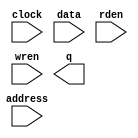
// megafunction wizard: %RAM: 1-PORT%VBB%
// GENERATION: STANDARD
// VERSION: WM1.0
// MODULE: altsyncram 

// ============================================================
// Megafunction Name(s):
// 			altsyncram
//
// Simulation Library Files(s):
// 			altera_mf
// ============================================================
// ************************************************************
// THIS IS A WIZARD-GENERATED FILE. DO NOT EDIT THIS FILE!
//
// 19.1.0 Build 670 09/22/2019 SJ Lite Edition
// ************************************************************

//Copyright (C) 2019  Intel Corporation. All rights reserved.
//Your use of Intel Corporation's design tools, logic functions 
//and other software and tools, and any partner logic 
//functions, and any output files from any of the foregoing 
//(including device programming or simulation files), and any 
//associated documentation or information are expressly subject 
//to the terms and conditions of the Intel Program License 
//Subscription Agreement, the Intel Quartus Prime License Agreement,
//the Intel FPGA IP License Agreement, or other applicable license
//agreement, including, without limitation, that your use is for
//the sole purpose of programming logic devices manufactured by
//Intel and sold by Intel or its authorized distributors.  Please
//refer to the applicable agreement for further details, at
//https://fpgasoftware.intel.com/eula.

module myAlteraRAM (
	address,
	clock,
	data,
	rden,
	wren,
	q);

	input	[7:0]  address;
	input	  clock;
	input	[15:0]  data;
	input	  rden;
	input	  wren;
	output	[15:0]  q;
`ifndef ALTERA_RESERVED_QIS
// synopsys translate_off
`endif
	tri1	  clock;
	tri1	  rden;
`ifndef ALTERA_RESERVED_QIS
// synopsys translate_on
`endif

endmodule

// ============================================================
// CNX file retrieval info
// ============================================================
// Retrieval info: PRIVATE: ADDRESSSTALL_A NUMERIC "0"
// Retrieval info: PRIVATE: AclrAddr NUMERIC "0"
// Retrieval info: PRIVATE: AclrByte NUMERIC "0"
// Retrieval info: PRIVATE: AclrData NUMERIC "0"
// Retrieval info: PRIVATE: AclrOutput NUMERIC "0"
// Retrieval info: PRIVATE: BYTE_ENABLE NUMERIC "0"
// Retrieval info: PRIVATE: BYTE_SIZE NUMERIC "8"
// Retrieval info: PRIVATE: BlankMemory NUMERIC "0"
// Retrieval info: PRIVATE: CLOCK_ENABLE_INPUT_A NUMERIC "0"
// Retrieval info: PRIVATE: CLOCK_ENABLE_OUTPUT_A NUMERIC "0"
// Retrieval info: PRIVATE: Clken NUMERIC "0"
// Retrieval info: PRIVATE: DataBusSeparated NUMERIC "1"
// Retrieval info: PRIVATE: IMPLEMENT_IN_LES NUMERIC "0"
// Retrieval info: PRIVATE: INIT_FILE_LAYOUT STRING "PORT_A"
// Retrieval info: PRIVATE: INIT_TO_SIM_X NUMERIC "0"
// Retrieval info: PRIVATE: INTENDED_DEVICE_FAMILY STRING "Cyclone IV E"
// Retrieval info: PRIVATE: JTAG_ENABLED NUMERIC "0"
// Retrieval info: PRIVATE: JTAG_ID STRING "NONE"
// Retrieval info: PRIVATE: MAXIMUM_DEPTH NUMERIC "0"
// Retrieval info: PRIVATE: MIFfilename STRING "myRAMdata.mif"
// Retrieval info: PRIVATE: NUMWORDS_A NUMERIC "256"
// Retrieval info: PRIVATE: RAM_BLOCK_TYPE NUMERIC "0"
// Retrieval info: PRIVATE: READ_DURING_WRITE_MODE_PORT_A NUMERIC "1"
// Retrieval info: PRIVATE: RegAddr NUMERIC "1"
// Retrieval info: PRIVATE: RegData NUMERIC "1"
// Retrieval info: PRIVATE: RegOutput NUMERIC "0"
// Retrieval info: PRIVATE: SYNTH_WRAPPER_GEN_POSTFIX STRING "0"
// Retrieval info: PRIVATE: SingleClock NUMERIC "1"
// Retrieval info: PRIVATE: UseDQRAM NUMERIC "1"
// Retrieval info: PRIVATE: WRCONTROL_ACLR_A NUMERIC "0"
// Retrieval info: PRIVATE: WidthAddr NUMERIC "8"
// Retrieval info: PRIVATE: WidthData NUMERIC "16"
// Retrieval info: PRIVATE: rden NUMERIC "1"
// Retrieval info: LIBRARY: altera_mf altera_mf.altera_mf_components.all
// Retrieval info: CONSTANT: CLOCK_ENABLE_INPUT_A STRING "BYPASS"
// Retrieval info: CONSTANT: CLOCK_ENABLE_OUTPUT_A STRING "BYPASS"
// Retrieval info: CONSTANT: INIT_FILE STRING "myRAMdata.mif"
// Retrieval info: CONSTANT: INTENDED_DEVICE_FAMILY STRING "Cyclone IV E"
// Retrieval info: CONSTANT: LPM_HINT STRING "ENABLE_RUNTIME_MOD=NO"
// Retrieval info: CONSTANT: LPM_TYPE STRING "altsyncram"
// Retrieval info: CONSTANT: NUMWORDS_A NUMERIC "256"
// Retrieval info: CONSTANT: OPERATION_MODE STRING "SINGLE_PORT"
// Retrieval info: CONSTANT: OUTDATA_ACLR_A STRING "NONE"
// Retrieval info: CONSTANT: OUTDATA_REG_A STRING "UNREGISTERED"
// Retrieval info: CONSTANT: POWER_UP_UNINITIALIZED STRING "FALSE"
// Retrieval info: CONSTANT: READ_DURING_WRITE_MODE_PORT_A STRING "OLD_DATA"
// Retrieval info: CONSTANT: WIDTHAD_A NUMERIC "8"
// Retrieval info: CONSTANT: WIDTH_A NUMERIC "16"
// Retrieval info: CONSTANT: WIDTH_BYTEENA_A NUMERIC "1"
// Retrieval info: USED_PORT: address 0 0 8 0 INPUT NODEFVAL "address[7..0]"
// Retrieval info: USED_PORT: clock 0 0 0 0 INPUT VCC "clock"
// Retrieval info: USED_PORT: data 0 0 16 0 INPUT NODEFVAL "data[15..0]"
// Retrieval info: USED_PORT: q 0 0 16 0 OUTPUT NODEFVAL "q[15..0]"
// Retrieval info: USED_PORT: rden 0 0 0 0 INPUT VCC "rden"
// Retrieval info: USED_PORT: wren 0 0 0 0 INPUT NODEFVAL "wren"
// Retrieval info: CONNECT: @address_a 0 0 8 0 address 0 0 8 0
// Retrieval info: CONNECT: @clock0 0 0 0 0 clock 0 0 0 0
// Retrieval info: CONNECT: @data_a 0 0 16 0 data 0 0 16 0
// Retrieval info: CONNECT: @rden_a 0 0 0 0 rden 0 0 0 0
// Retrieval info: CONNECT: @wren_a 0 0 0 0 wren 0 0 0 0
// Retrieval info: CONNECT: q 0 0 16 0 @q_a 0 0 16 0
// Retrieval info: GEN_FILE: TYPE_NORMAL myAlteraRAM.v TRUE
// Retrieval info: GEN_FILE: TYPE_NORMAL myAlteraRAM.inc FALSE
// Retrieval info: GEN_FILE: TYPE_NORMAL myAlteraRAM.cmp FALSE
// Retrieval info: GEN_FILE: TYPE_NORMAL myAlteraRAM.bsf FALSE
// Retrieval info: GEN_FILE: TYPE_NORMAL myAlteraRAM_inst.v TRUE
// Retrieval info: GEN_FILE: TYPE_NORMAL myAlteraRAM_bb.v TRUE
// Retrieval info: LIB_FILE: altera_mf